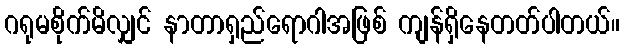
ဂရုမစိုက်မိလျှင် နာတာရှည်ရောဂါအဖြစ် ကျန်ရှိနေတတ်ပါတယ်။